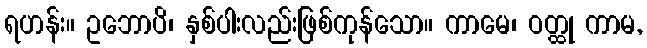
ရဟန်း။ ဥဘောပိ၊ နှစ်ပါးလည်းဖြစ်ကုန်သော။ ကာမေ၊ ဝတ္ထု ကာမ,